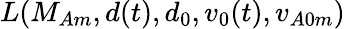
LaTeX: L(M_{Am},d(t),d_{0},v_{0}(t),v_{A0m})